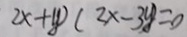
2 x + y ) ( 2 x - 3 y ) = 0